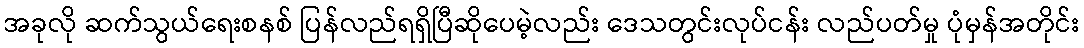
အခုလို ဆက်သွယ်ရေးစနစ် ပြန်လည်ရရှိပြီဆိုပေမဲ့လည်း ဒေသတွင်းလုပ်ငန်း လည်ပတ်မှု ပုံမှန်အတိုင်း